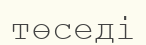
төседі